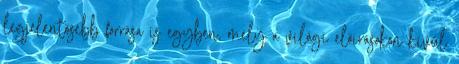
legjelentősebb forrása is egyben, mely a világi előírásokon kívül